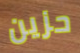
حزين